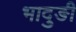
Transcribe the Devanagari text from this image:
भादुङी